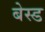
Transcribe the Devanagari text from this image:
बेस्‍ड